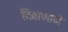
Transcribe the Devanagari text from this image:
दिवाणाने